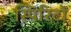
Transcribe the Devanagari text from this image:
स्पिरिटों